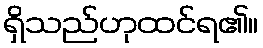
ရှိသည်ဟုထင်ရ၏။